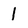
Character: 1